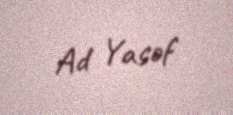
Ad Yasəf